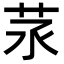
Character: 𦭕